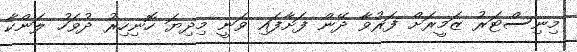
މިނިސްޓަރު ޒަމީރަށް ފަރުވާ ދޭން ފަށާފައި ވަނީ މިދިޔަ ހޮނިހިރު ދުވަހު ލަންކާ